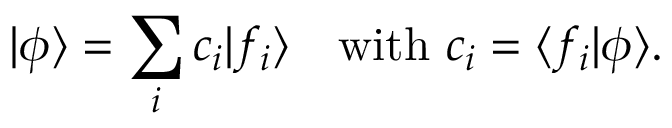
| \phi \rangle = \sum _ { i } c _ { i } | f _ { i } \rangle \quad { \mathrm { w i t h ~ } } c _ { i } = \langle f _ { i } | \phi \rangle .